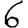
Digit: 6